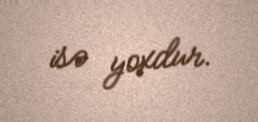
isə yoxdur.